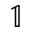
\mathbb { 1 }